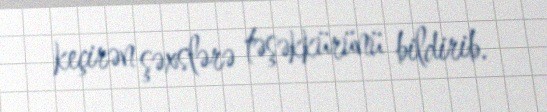
keçirən şəxslərə təşəkkürünü bildirib.